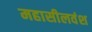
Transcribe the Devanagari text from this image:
महासीलवंश